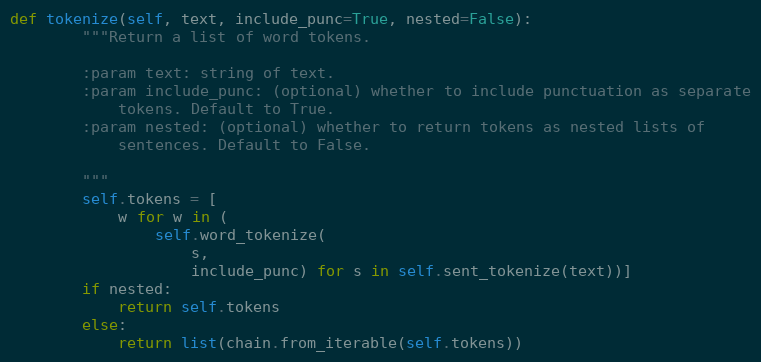
Language: Python
def tokenize(self, text, include_punc=True, nested=False):
        """Return a list of word tokens.

        :param text: string of text.
        :param include_punc: (optional) whether to include punctuation as separate
            tokens. Default to True.
        :param nested: (optional) whether to return tokens as nested lists of
            sentences. Default to False.

        """
        self.tokens = [
            w for w in (
                self.word_tokenize(
                    s,
                    include_punc) for s in self.sent_tokenize(text))]
        if nested:
            return self.tokens
        else:
            return list(chain.from_iterable(self.tokens))